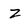
Character: z